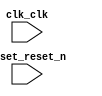
// tangente_PWL_vhd.v

// Generated using ACDS version 17.1 593

`timescale 1 ps / 1 ps
module tangente_PWL_vhd (
		input  wire  clk_clk,       //   clk.clk
		input  wire  reset_reset_n  // reset.reset_n
	);

endmodule